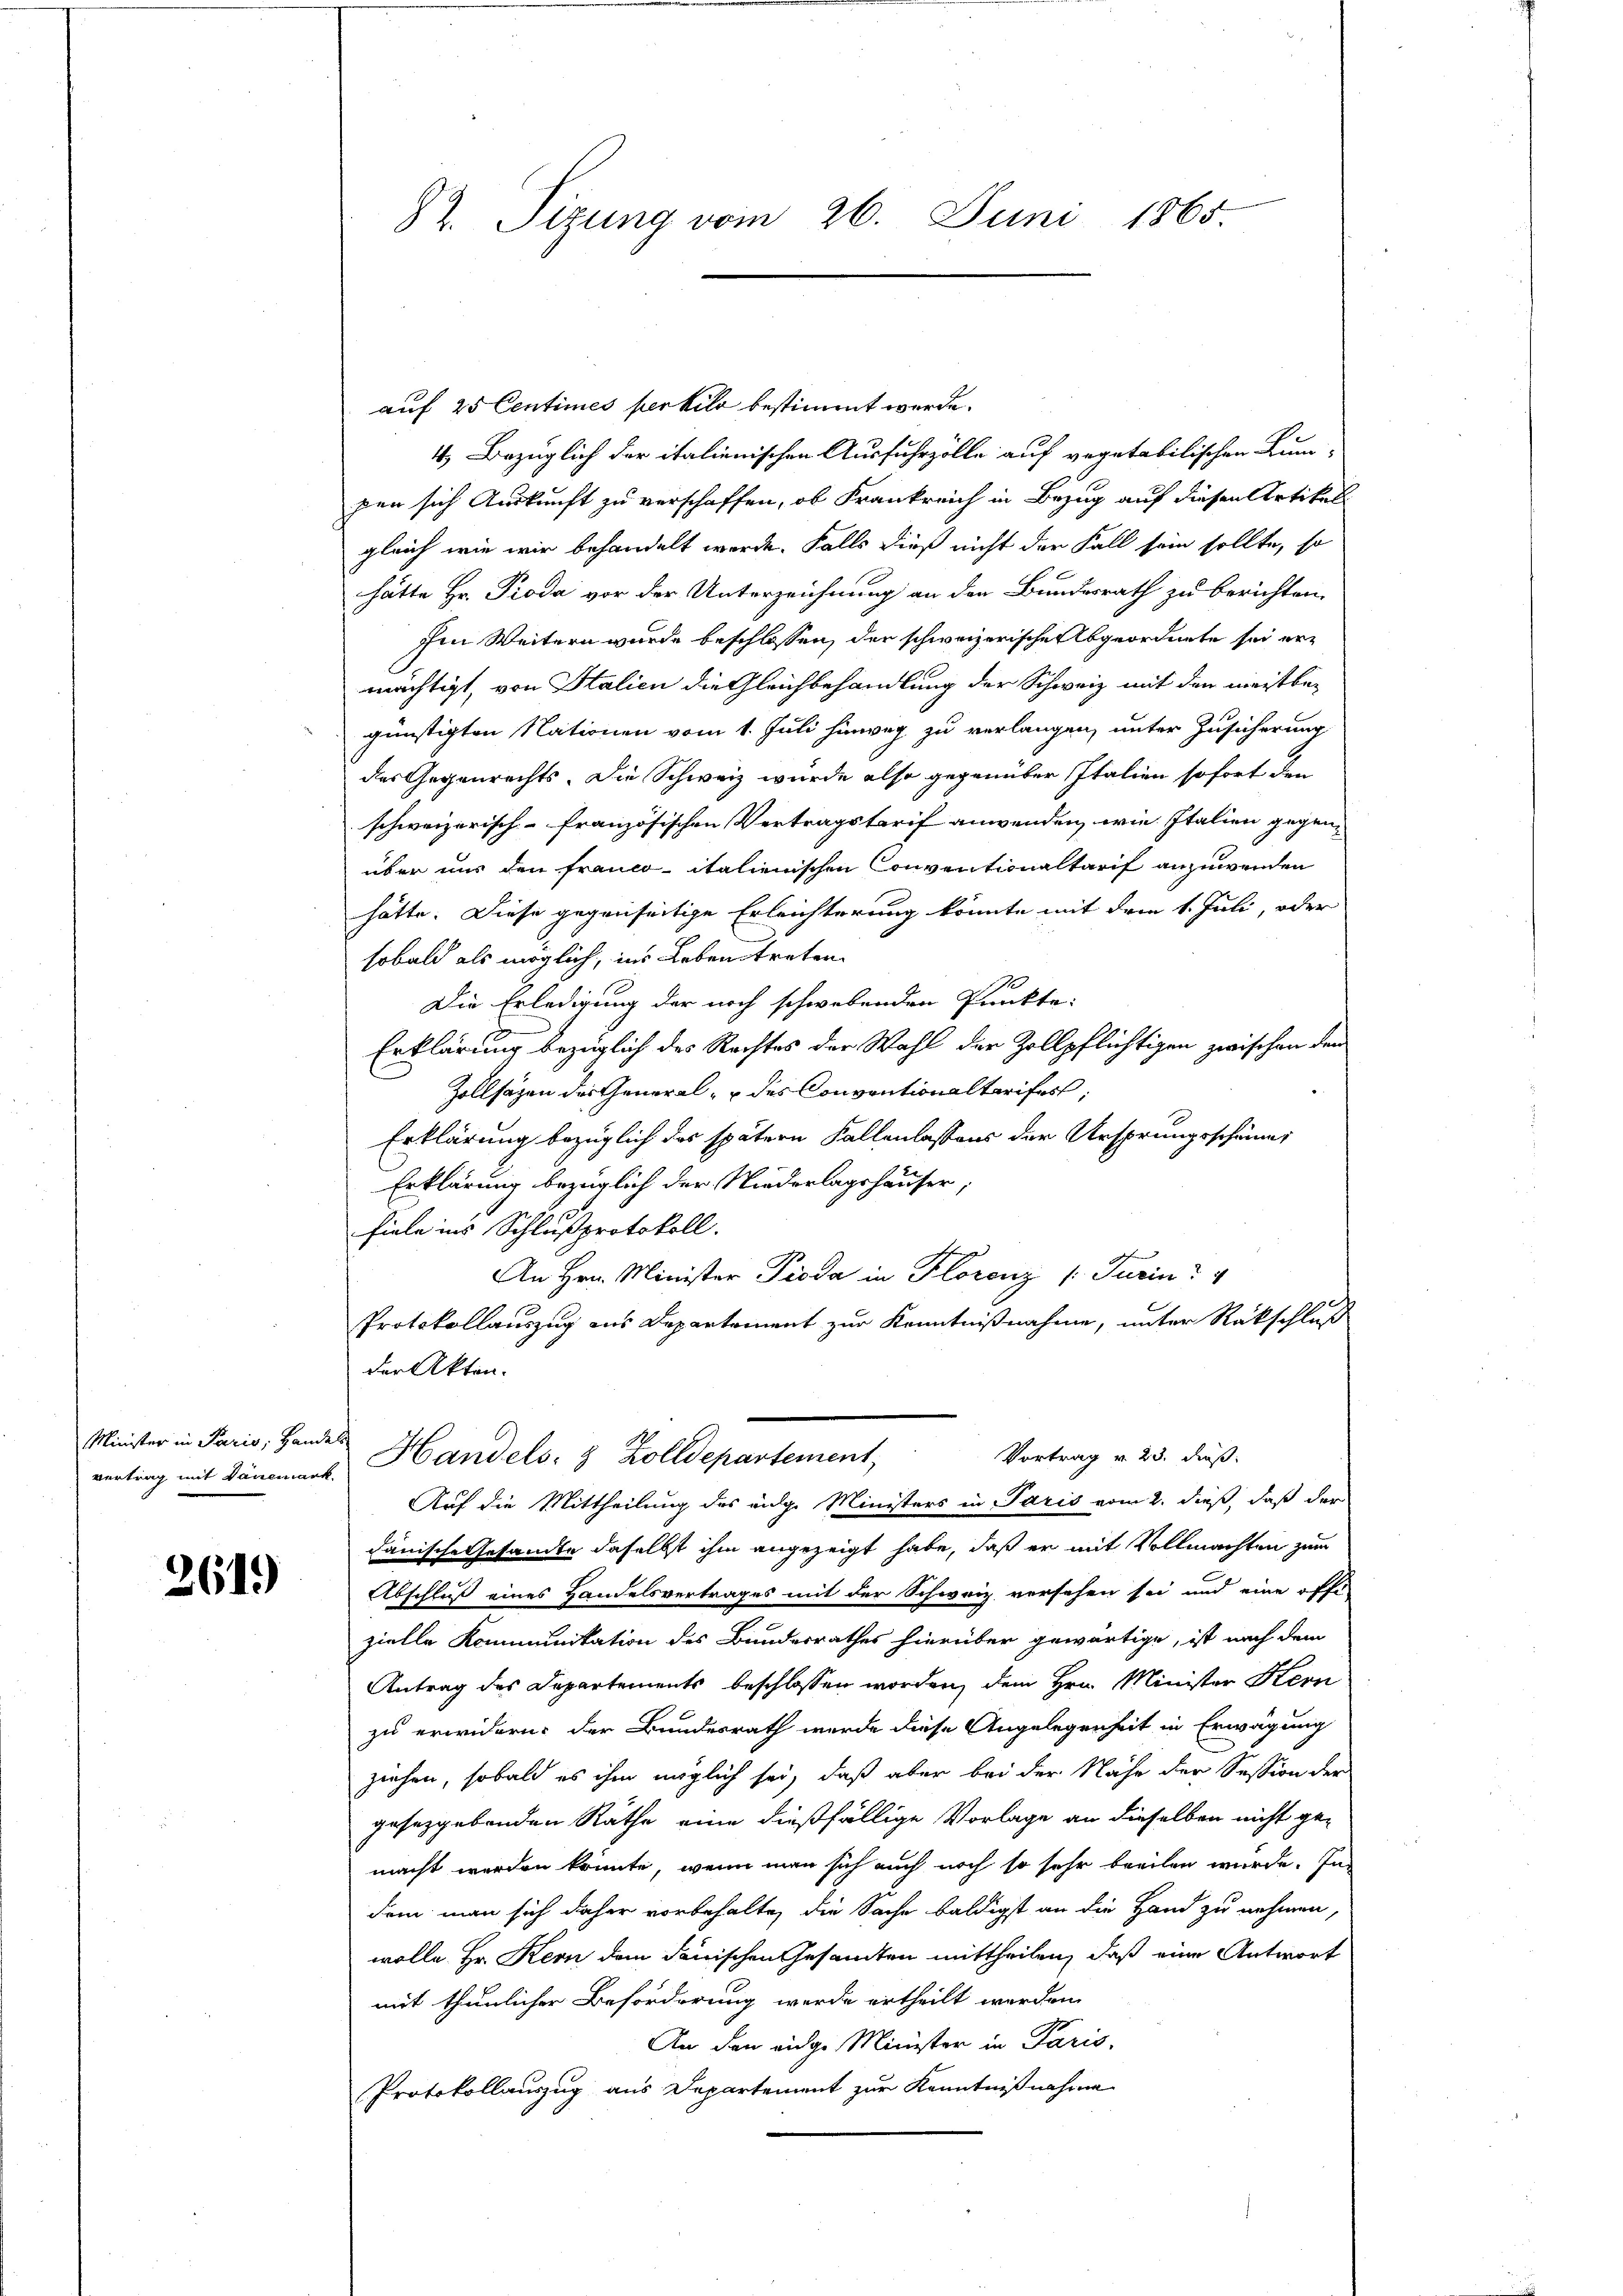
Minister in Paris, Handels

2619)

82. Sizung vom 26. Juni 1865.

auf 25 Centimes perkilo bestimmt werde.
4) Bezüglich der italienischen Ausfuhrzölle auf vegetabilischen Kum-
pen sich Auskunft zu verschaffen, ob Frankreich in Bezug auf diesen Artikell
gleich wie wir behandelt werde. Falls dieß nicht der Fall sein sollte, so
hätte Hr. Pioda vor der Unterzeichnung an den Bundesrath zu berichten.
Im Weitern wurde beschlossen, der schweizerische Abgeordnete sei ermächtigt, von Stalien die Gleichbehandlung der Schweiz mit den meistbegünstigten Nationen vom 1. Juli hinweg zu verlangen, unter Zusicherung
des Gegenrechts. Die Schweiz wurde also gegenüber Italien sofort den
schweizerisch-französischen Vertragstarif anwenden, wie Italien gegenüber uns den Franco-italienischen Conventionaltarif anzuwenden
hätte. Diese gegenseitige Erleichterung könnte mit dem 1. Juli, oder
sobald als möglich, ins Leben treten.
Die Erledigung der noch schwebenden Punkte:
Erklärung bezüglich des Rechtes der Wahl der Zollpflichtigen zwischen dem
Zollsagen der General- & des Conventionaltarifes;
Erklärung bezüglich das spätern Fallenlassens der Ursprungsscheine
Erklärung bezüglich der Niederlagshäuser,
fiele ins Schlußprotokoll.
An Hrn. Minister Pioda in Florenz /: Turin
Protokollauszug aus Departement zur Kenntnißnahme, unter Rückschluß
der Akten.
Vortrag v. 23. dieß:
vertrag mit Dänenes Handels- & Zolldepartement,
Auf die Mittheilung des eige Ministers in Paris vom 2. dieß, daß der
danische Gesandte daselbst ihm angezeigt habe, daß er mit Vollmachten zum
Abschluß eines Handelsvertrages mit der Schweiz versehen sei und eine offe
zielle Kommunitation des Bundesrathes hierüber gewärtige, ist nach dem
Antrag des Departements beschlossen worden, dem Hrn. Minister Hern
zu erwidern der Bundesrath wurde diese Angelegenheit in Erwägung
ziehen, sobald es ihm möglich sei, daß aber bei der Nähe der Session der
gesetzgebenden Räthe eine dießfällige Vorlage an dieselben nicht ge-
macht werden könnte, wenn man sich auch noch so sehr beeilen wurde. In
dem man sich daher vorbehalte, die Sache baldigst an die Hand zu nehmen,
wolle. Er Kern dem danischen Gesandten mittheilen, daß eine Antwort
mit thunlicher Beförderung werde ertheilt werden.
An den eidge Minister in Paris,
Protokollauszug aus Departement zur Kenntnißnahme